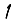
Digit: 1